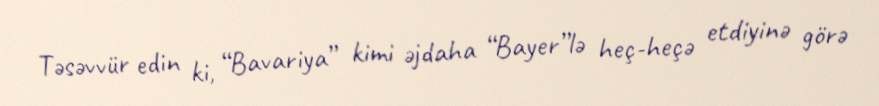
Təsəvvür edin ki, “Bavariya” kimi əjdaha “Bayer”lə heç-heçə etdiyinə görə